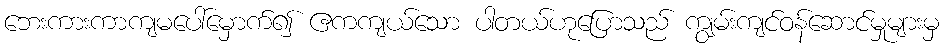
ဘေးကားကာကျမပေါ်မှောက်၍ ဧကကျယ်သော ပါတယ်ဟုပြောသည် ကျွမ်းကျင်ဝန်ဆောင်မှုများမှ